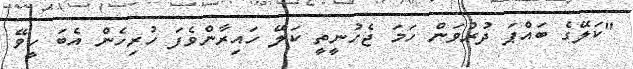
"ކަލޭގެ ބައްޕަ ދުރުވަން ހަމަ ޖެހުނީތީ ކަލޭ ހައިރާންވެފަ ހުރިހެން އެބަ ހީވޭ